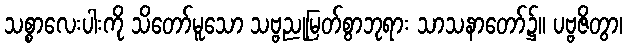
သစ္စာလေးပါးကို သိတော်မူသော သဗ္ဗညုမြတ်စွာဘုရား သာသနာတော်၌။ ပဗ္ဗဇိတွာ၊